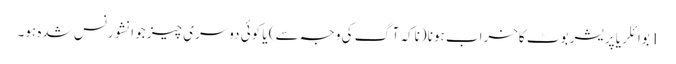
1 بوائلر یا پریشر بوٹ کاخراب ہونا (ناکہ آگ کی وجہ سے) یا کوئی دوسری چیز جو انشورنس شدہ ہو۔